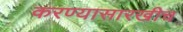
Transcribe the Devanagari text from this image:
करण्यासारखीच